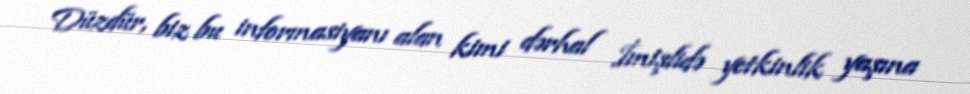
Düzdür, biz bu informasiyanı alan kimi dərhal İmişlidə yetkinlik yaşına